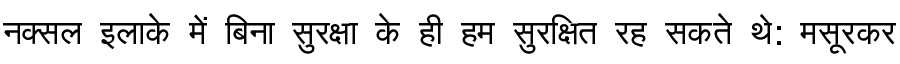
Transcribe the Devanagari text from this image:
नक्सल इलाके में बिना सुरक्षा के ही हम सुरक्षित रह सकते थे: मसूरकर